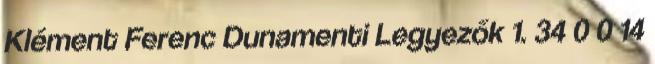
Klément Ferenc Dunamenti Legyezők 1. 34 0 0 14